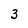
Character: 3